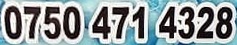
0750 417 4328